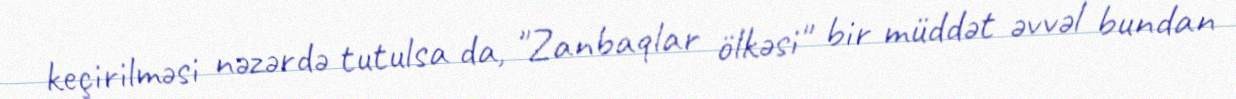
keçirilməsi nəzərdə tutulsa da, "Zanbaqlar ölkəsi" bir müddət əvvəl bundan